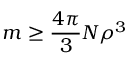
m \ge \frac { 4 \pi } { 3 } N \rho ^ { 3 }